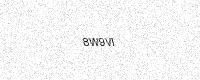
Text: 8W9VI